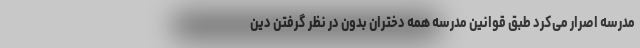
مدرسه اصرار می‌کرد طبق قوانین مدرسه همه دختران بدون در نظر گرفتن دین